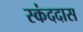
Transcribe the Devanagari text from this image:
स्कंददास